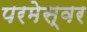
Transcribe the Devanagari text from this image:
परमेस्वर